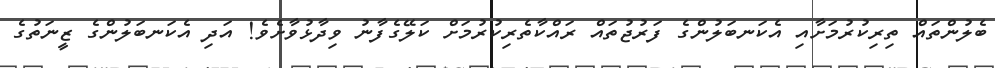
ބެލުންތައް ތިރިކުރުމަށާއި އެކަނބަލުންގެ ފަރުޖުތައް ރައްކާތެރިކުރުމަށް ކަލޭގެފާނު ވިދާޅުވާށެވެ! އަދި އެކަނބަލުންގެ ޒީނަތުގެ